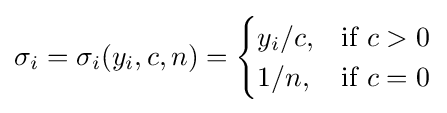
\sigma _{i}=\sigma _{i}(y_{i},c,n)={\begin{cases}y_{i}/c,&{\text{if }}c>0\\1/n,&{\text{if }}c=0\end{cases}}